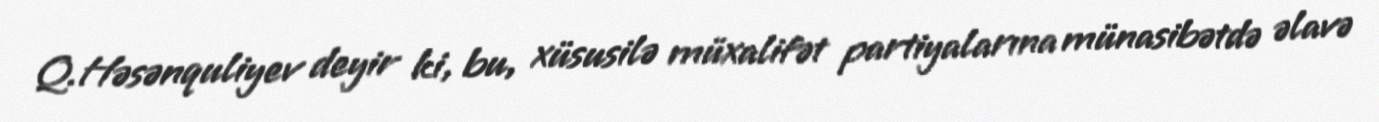
Q.Həsənquliyev deyir ki, bu, xüsusilə müxalifət partiyalarına münasibətdə əlavə